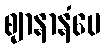
ဈာနာနံပေ